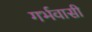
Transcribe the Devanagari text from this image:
गर्भवासी